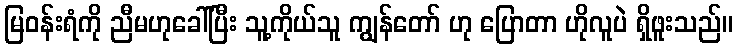
မြဝန်းရံကို ညီမဟုခေါ်ပြီး သူ့ကိုယ်သူ ကျွန်တော် ဟု ပြောတာ ဟိုလူပဲ ရှိဖူးသည်။